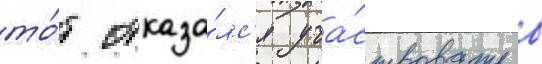
то́т отказа́лс'я уча́ствовать в